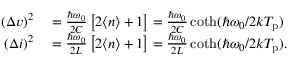
\begin{array} { r l } { ( \Delta v ) ^ { 2 } } & { { } = \frac { \hbar \omega _ { 0 } } { 2 C } \left[ 2 \langle n \rangle + 1 \right] = \frac { \hbar \omega _ { 0 } } { 2 C } \coth ( \hbar \omega _ { 0 } / 2 k T _ { \mathrm { p } } ) } \\ { ( \Delta i ) ^ { 2 } } & { { } = \frac { \hbar \omega _ { 0 } } { 2 L } \left[ 2 \langle n \rangle + 1 \right] = \frac { \hbar \omega _ { 0 } } { 2 L } \coth ( \hbar \omega _ { 0 } / 2 k T _ { \mathrm { p } } ) . } \end{array}